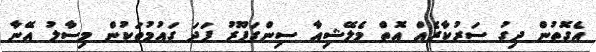
އެގޮތުން ދިގު ސަރުކާރެއް އޮތް މެލޭޝިއާ ސިންގަޕޫރު ފަދަ ގައުމުތަކުން މިސާލު އޭނާ